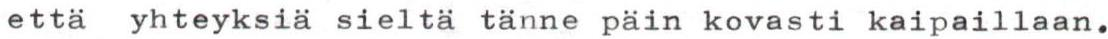
että yhteyksiä sieltä tänne päin kovasti kaipaillaan.